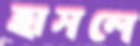
হাসলে